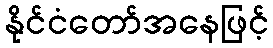
နိုင်ငံတော်အနေဖြင့်